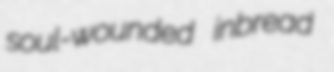
soul-wounded inbread